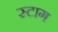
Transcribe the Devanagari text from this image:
स्टाग